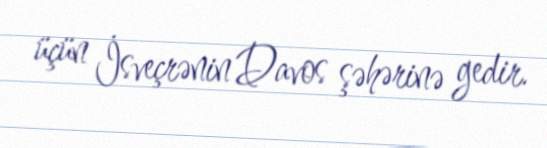
üçün İsveçrənin Davos şəhərinə gedir.